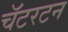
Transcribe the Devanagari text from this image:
चॅटरटन